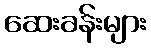
ဆေးခန်းများ